Reports on dispensaries and lunatic asylums in the Province of Oudh - 1869-1876
Year: 1869
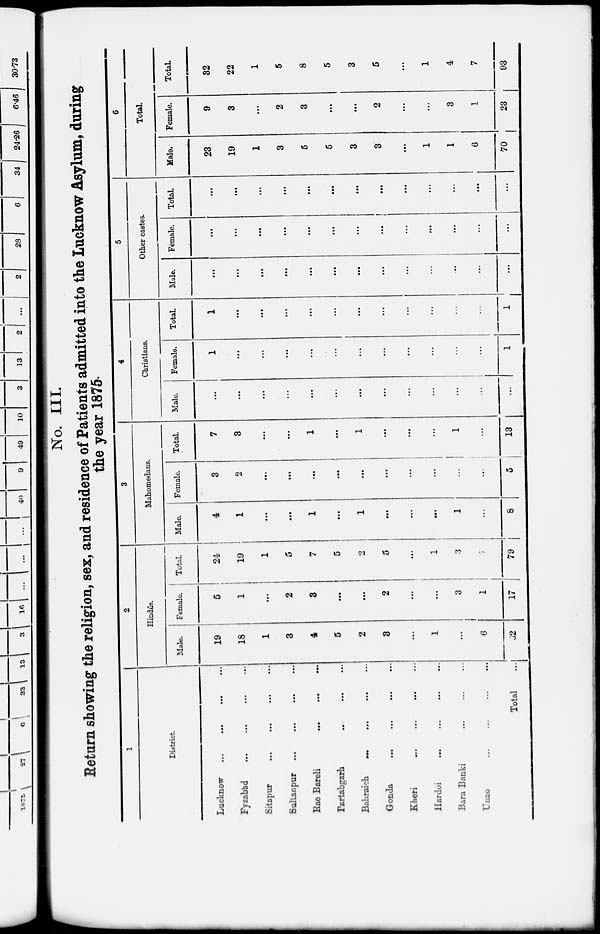
No. III.
Return showing the religion, sex, and residence of Patients admitted into the Lucknow Asylum, during
the year 1875.
1
District.
Lucknow
...
...
...
...
Fyzabad ... ... ... ...
Sitapur ... ... ... ...
Sultanpur ... ... ... ...
Rae Bareli ... ... ...
Partabgarh
...
...
....
Bahraich
...
...
...
...
Gonda ... ... ... ...
Kheri
...
...
...
...
Hardoi ... ... ... ...
Bara Banki
...
...
...
Unao
...
...
...
...
Total ...
2
Hindus.
Male.
19
18
1
3
4
5
2
3
...
1
...
6
62
Female.
5
1
...
2
3
...
...
2
...
...
3
1
17
Total
24
19
1
5
7
5
2
5
...
1
3
7
79
3
Mahomedans.
Male.
4
1
...
...
1
...
1
...
...
...
1
...
8
Female.
3
2
...
...
...
...
...
...
...
...
...
...
5
Total.
7
3
...
...
1
...
1
...
...
...
1
...
13
4
Christians.
Male.
...
...
...
...
...
...
...
...
...
...
...
...
...
Female.
1
...
...
...
...
...
...
...
...
...
...
...
1
Total.
1
...
...
...
...
...
...
...
...
...
...
...
1
5
Other castes.
Male.
...
...
...
...
...
...
...
...
...
...
...
...
...
Female.
...
...
...
...
...
...
...
...
...
...
...
...
...
Total.
...
...
...
...
...
...
...
...
...
...
...
...
...
6
Total.
Male.
23
19
1
3
5
5
3
3
...
1
1
6
70
Female.
9
3
...
2
3
...
...
2
...
...
3
1
23
Total.
32
22
1
5
8
5
3
5
...
1
4
7
93